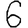
Digit: 6